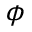
\phi